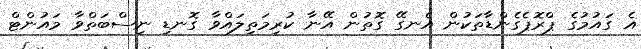
އެ ގައުމުގެ ޕްރޮޕެގެންޑާތަކުން އެނގޭ ގޮތުން އޭނާ ކުރިމަތިލައްވާ ގޮނޑި ނިސްބަތްވާ މައުންޓް